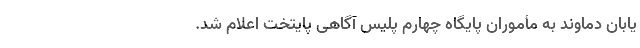
یابان‌ دماوند به مأموران پایگاه چهارم پلیس آگاهی پایتخت اعلام شد.